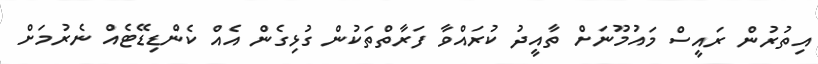
އިތުރުން ރައީސް މައުމޫނަށް ތާއީދު ކުރައްވާ ފަރާތްތަކުން ގުޅިގެން އެއް ކެންޑިޑޭޓެއް ނެރުމަށް